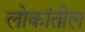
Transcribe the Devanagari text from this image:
लोकांतील